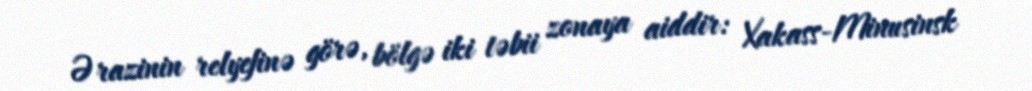
Ərazinin relyefinə görə, bölgə iki təbii zonaya aiddir: Xakass-Minusinsk